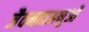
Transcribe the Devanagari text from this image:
जैवमहाअणुओं